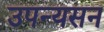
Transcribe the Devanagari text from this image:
उपन्यसन